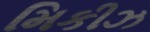
મિકીઝ